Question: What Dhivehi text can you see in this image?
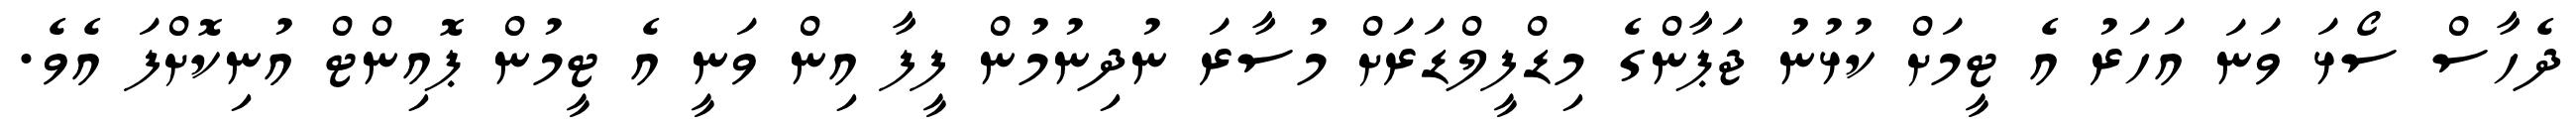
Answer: ދެހާސް ސޯޅަ ވަނަ އަހަރު އެ ޓީމަށް ކުޅުނު ޖަޕާންގެ މިޑްފީލްޑަރަށް މުސާރަ ނުދިނުމުން ފީފާ އިން ވަނީ އެ ޓީމުން ޕޮއިންޓް އުނިކޮށްފަ އެވެ.